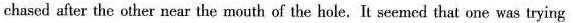
chased after the other ncar the mouth of the hole.It seemed that one was trying